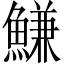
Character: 鰜